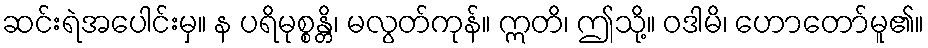
ဆင်းရဲအပေါင်းမှ။ န ပရိမုစ္စန္တိ၊ မလွတ်ကုန်။ ဣတိ၊ ဤသို့။ ဝဒါမိ၊ ဟောတော်မူ၏။